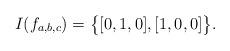
LaTeX: \begin{align*} I(f_{a,b,c}) = \bigl\{ [0,1,0], [1,0,0] \bigr\}.\end{align*}